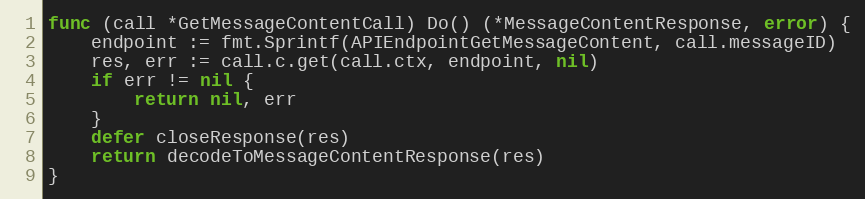
Language: Go
func (call *GetMessageContentCall) Do() (*MessageContentResponse, error) {
	endpoint := fmt.Sprintf(APIEndpointGetMessageContent, call.messageID)
	res, err := call.c.get(call.ctx, endpoint, nil)
	if err != nil {
		return nil, err
	}
	defer closeResponse(res)
	return decodeToMessageContentResponse(res)
}